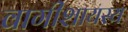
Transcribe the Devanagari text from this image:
वागीशायस्य